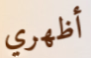
أظهري